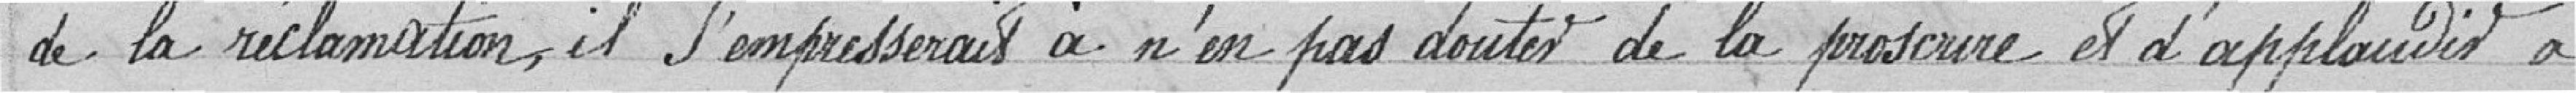
de la réclamation, il s'empresserait à n'en pas douter de la proscrire et d'applaudir à